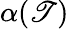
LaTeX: \alpha(\mathscr{T})